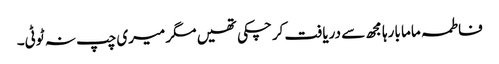
فاطمہ ماما بارہا مجھ سے دریافت کرچکی تھیں مگر میری چپ نہ ٹوٹی۔